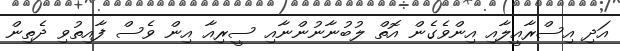
އަދި އިސްރާއީލާއި އިންވެގެން އޮތް ލުބުނާނުންނާއި ސީރިއާ އިން ވެސް ފާއިތުވި ދެތިން